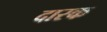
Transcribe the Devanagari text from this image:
दारक